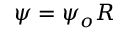
\psi = \psi _ { o } R